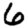
Digit: 6